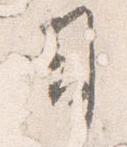
司